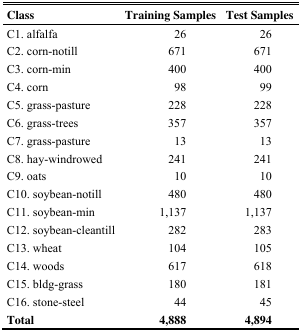
| Class | Training Samples | Test Samples |
 | --- | --- | --- |
 | C1. alfalfa | 26 | 26 |
 | C2. corn-notill | 671 | 671 |
 | C3. corn-min | 400 | 400 |
 | C4. corn | 98 | 99 |
 | C5. grass-pasture | 228 | 228 |
 | C6. grass-trees | 357 | 357 |
 | C7. grass-pasture | 13 | 13 |
 | C8. hay-windrowed | 241 | 241 |
 | C9. oats | 10 | 10 |
 | C10. soybean-notill | 480 | 480 |
 | C11. soybean-min | 1,137 | 1,137 |
 | C12. soybean-cleantill | 282 | 283 |
 | C13. wheat | 104 | 105 |
 | C14. woods | 617 | 618 |
 | C15. bldg-grass | 180 | 181 |
 | C16. stone-steel | 44 | 45 |
 | Total | 4,888 | 4,894 |